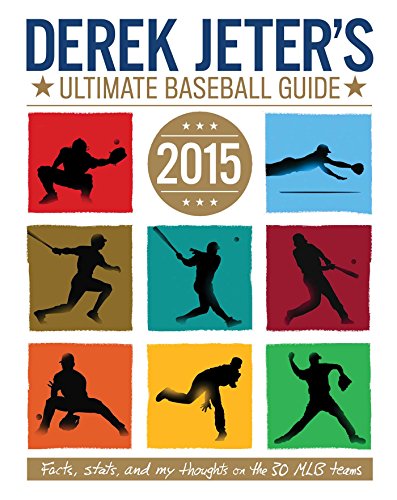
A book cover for Derek Jeter's Ultimate Baseball Guide 2015 (Jeter Publishing); Larry Dobrow; Children's Books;